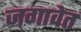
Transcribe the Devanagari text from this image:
जगावेत